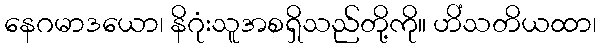
နေဂမာဒယော၊ နိဂုံးသူအစရှိသည်တို့ကို။ ဟိံသတိယထာ၊